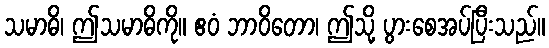
သမာဓိ၊ ဤသမာဓိကို။ ဧဝံ ဘာဝိတော၊ ဤသို့ ပွားစေအပ်ပြီးသည်။